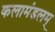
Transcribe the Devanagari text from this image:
कलामंडलम्‌